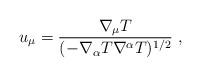
LaTeX: \begin{align*}u_{\mu }=\frac{\nabla_{\mu} T}{ (- \nabla_{\alpha}T \nabla^{\alpha}T)^{1/2}} \ ,\end{align*}